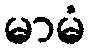
မာမံ